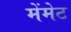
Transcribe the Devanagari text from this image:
मेंमेट